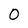
Character: 0